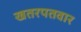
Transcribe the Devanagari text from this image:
खतरपतवार